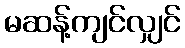
မဆန့်ကျင်လျှင်